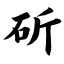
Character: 斫